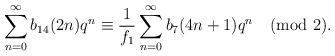
LaTeX: \begin{align*}\sum_{n=0}^{\infty}b_{14}(2n)q^{n}\equiv\frac{1}{f_1}\sum_{n=0}^{\infty}b_7(4n+1)q^{n}\pmod{2}.\end{align*}